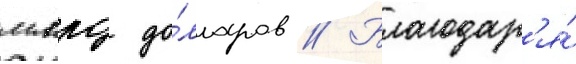
млрд до́лларов // Благодар'я́